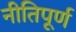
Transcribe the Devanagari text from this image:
नीतिपूर्ण